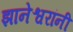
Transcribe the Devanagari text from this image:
झानेश्वरांनी